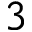
3